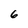
Character: 6